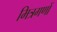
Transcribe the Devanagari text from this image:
मित्रगणों